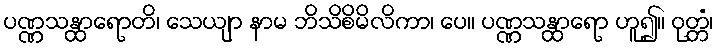
ပဏ္ဏသန္ထာရောတိ၊ သေယျာ နာမ ဘိသိစိမိလိကာ၊ ပေ။ ပဏ္ဏသန္ထာရော ဟူ၍။ ဝုတ္တံ၊